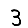
Digit: 3